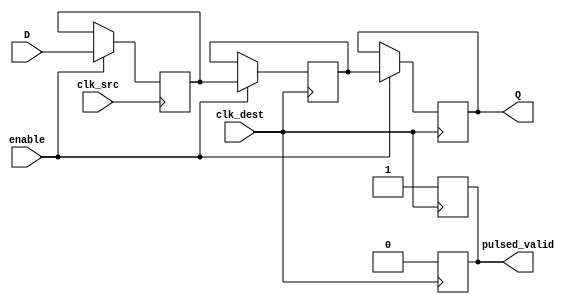
module pulsed_synchronizer #(
    parameter WIDTH = 1  // Width of the data input
)(
    input  wire [WIDTH-1:0] D,         // Data input to be synchronized
    input  wire clk_src,                // Clock signal of the source domain
    input  wire clk_dest,               // Clock signal of the destination domain
    input  wire enable,                 // Optional enable signal
    output reg  [WIDTH-1:0] Q,          // Synchronized output data
    output wire pulsed_valid            // Pulsed control signal indicating valid output
);

// Internal signals for synchronization
reg [WIDTH-1:0] sync_ff1;              // First flip-flop for synchronizing D
reg [WIDTH-1:0] sync_ff2;              // Second flip-flop for final output

// Generate pulsed_valid signal
reg pulsed_valid_reg;
always @(posedge clk_dest) begin
    pulsed_valid_reg <= 1'b1;
end

always @(negedge clk_dest) begin
    pulsed_valid_reg <= 1'b0;
end

assign pulsed_valid = pulsed_valid_reg;

// First flip-flop samples D on the rising edge of clk_src
always @(posedge clk_src) begin
    if (enable) begin
        sync_ff1 <= D;
    end
end

// Second flip-flop samples sync_ff1 on the rising edge of clk_dest
always @(posedge clk_dest) begin
    if (enable) begin
        sync_ff2 <= sync_ff1;
        Q <= sync_ff2;  // Update output Q with synchronized data
    end
end

endmodule